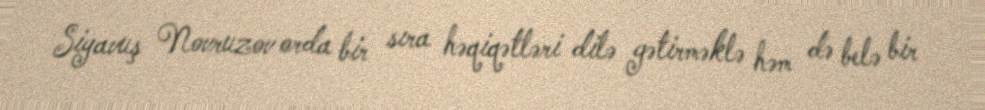
Siyavuş Novruzov orda bir sıra həqiqətləri dilə gətirməklə həm də belə bir